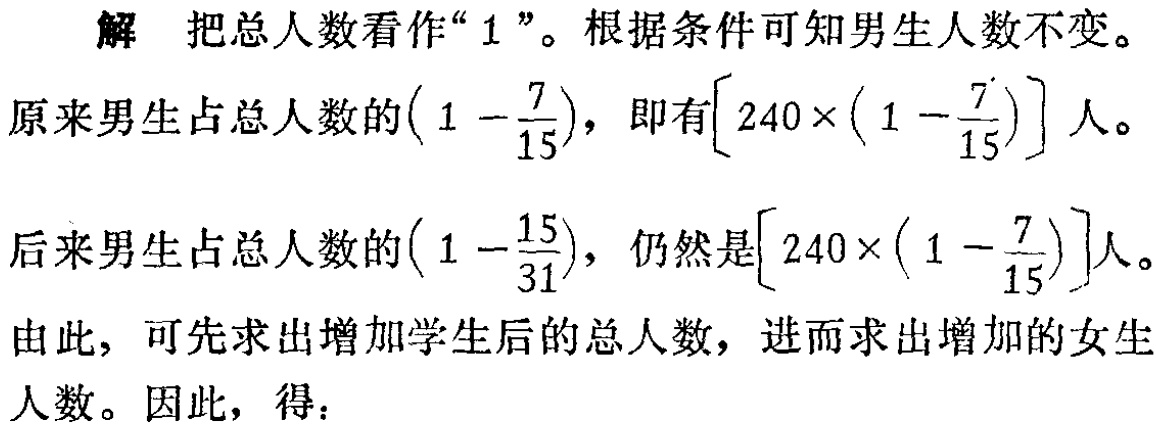
解 把总人数看作“$1$”。根据条件可知男生人数不变。

原来男生占总人数的$\left(1 - \dfrac{7}{15}\right)$，即有$\left[240\times\left(1 - \dfrac{7}{15}\right)\right]$人。

后来男生占总人数的$\left(1 - \dfrac{15}{31}\right)$，仍然是$\left[240\times\left(1 - \dfrac{7}{15}\right)\right]$人。

由此，可先求出增加学生后的总人数，进而求出增加的女生人数。因此，得：